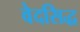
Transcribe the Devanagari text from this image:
वेदसिद्ध